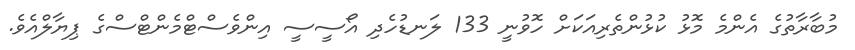
މުބާރާތުގެ އެންމެ މޮޅު ކުޅުންތެރިއަކަށް ހޮވުނީ 133 ލަނޑުހެދި އޯސީސީ އިންވެސްޓްމެންޓްސްގެ ޕިޔާލްއެވެ.